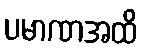
ပမာဏအထိ